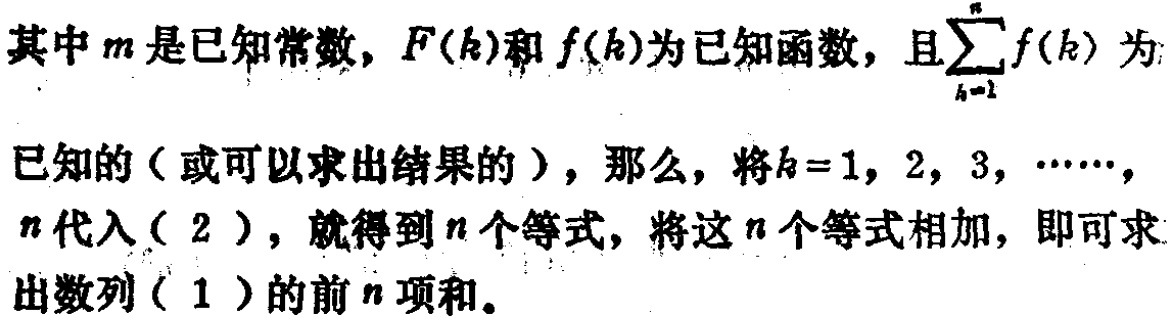
其中\(m\)是已知常数，\(F(k)\)和\(f(k)\)为已知函数，且\(\sum_{k = 1}^{n} f(k)\)为已知的（或可以求出结果的），那么，将\(k = 1,2,3,\cdots,n\)代入\((2)\)，就得到\(n\)个等式，将这\(n\)个等式相加，即可求出数列\((1)\)的前\(n\)项和。